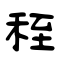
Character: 秷